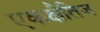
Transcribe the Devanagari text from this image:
एकक्षैतिज